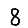
Digit: 8